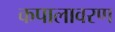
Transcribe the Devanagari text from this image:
कपालावरण